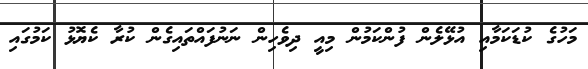
މަހުގެ ކުޑަކަމާއި އުޅޭލެން ފުންކަމުން މިއީ ދިވެހިން ނަނުފައްތައިގެން ކުރާ ކެޔޮޅު ކަމުގައި